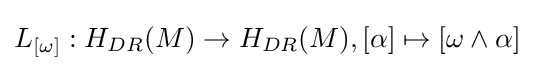
L_{[\omega ]}:H_{DR}(M)\to H_{DR}(M),[\alpha ]\mapsto [\omega \wedge \alpha ]